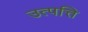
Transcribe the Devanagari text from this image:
उत्‍पत्ति